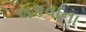
લકવાના